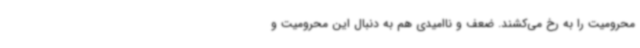
محرومیت را به رخ می‌کشند. ضعف و ناامیدی هم به دنبال این محرومیت و